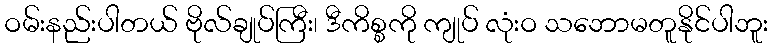
ဝမ်းနည်းပါတယ် ဗိုလ်ချုပ်ကြီး၊ ဒီကိစ္စကို ကျုပ် လုံးဝ သဘောမတူနိုင်ပါဘူး